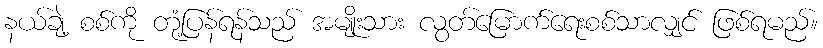
နယ်ချဲ့ စစ်ကို တုံ့ပြန်ရန်သည် အမျိုးသား လွတ်မြောက်ရေးစစ်သာလျှင် ဖြစ်ရမည်။